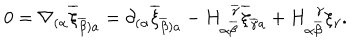
LaTeX: 0 = \nabla _ { ( \alpha } \overline { { { \xi } } } _ { \overline { { { \beta } } } ) a } = \partial _ { ( \alpha } \overline { { { \xi } } } _ { \overline { { { \beta } } } ) a } - H _ { \alpha \overline { { { \beta } } } } ^ { \, \, \, \overline { { { \gamma } } } } \overline { { { \xi } } } _ { \overline { { { \gamma } } } a } + H _ { \alpha \overline { { { \beta } } } } ^ { \, \, \, \gamma } \xi _ { \gamma } .